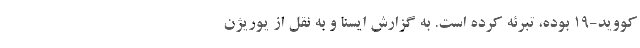
کووید-۱۹ بوده، تبرئه کرده است. به گزارش ایسنا و به نقل از یوریژن